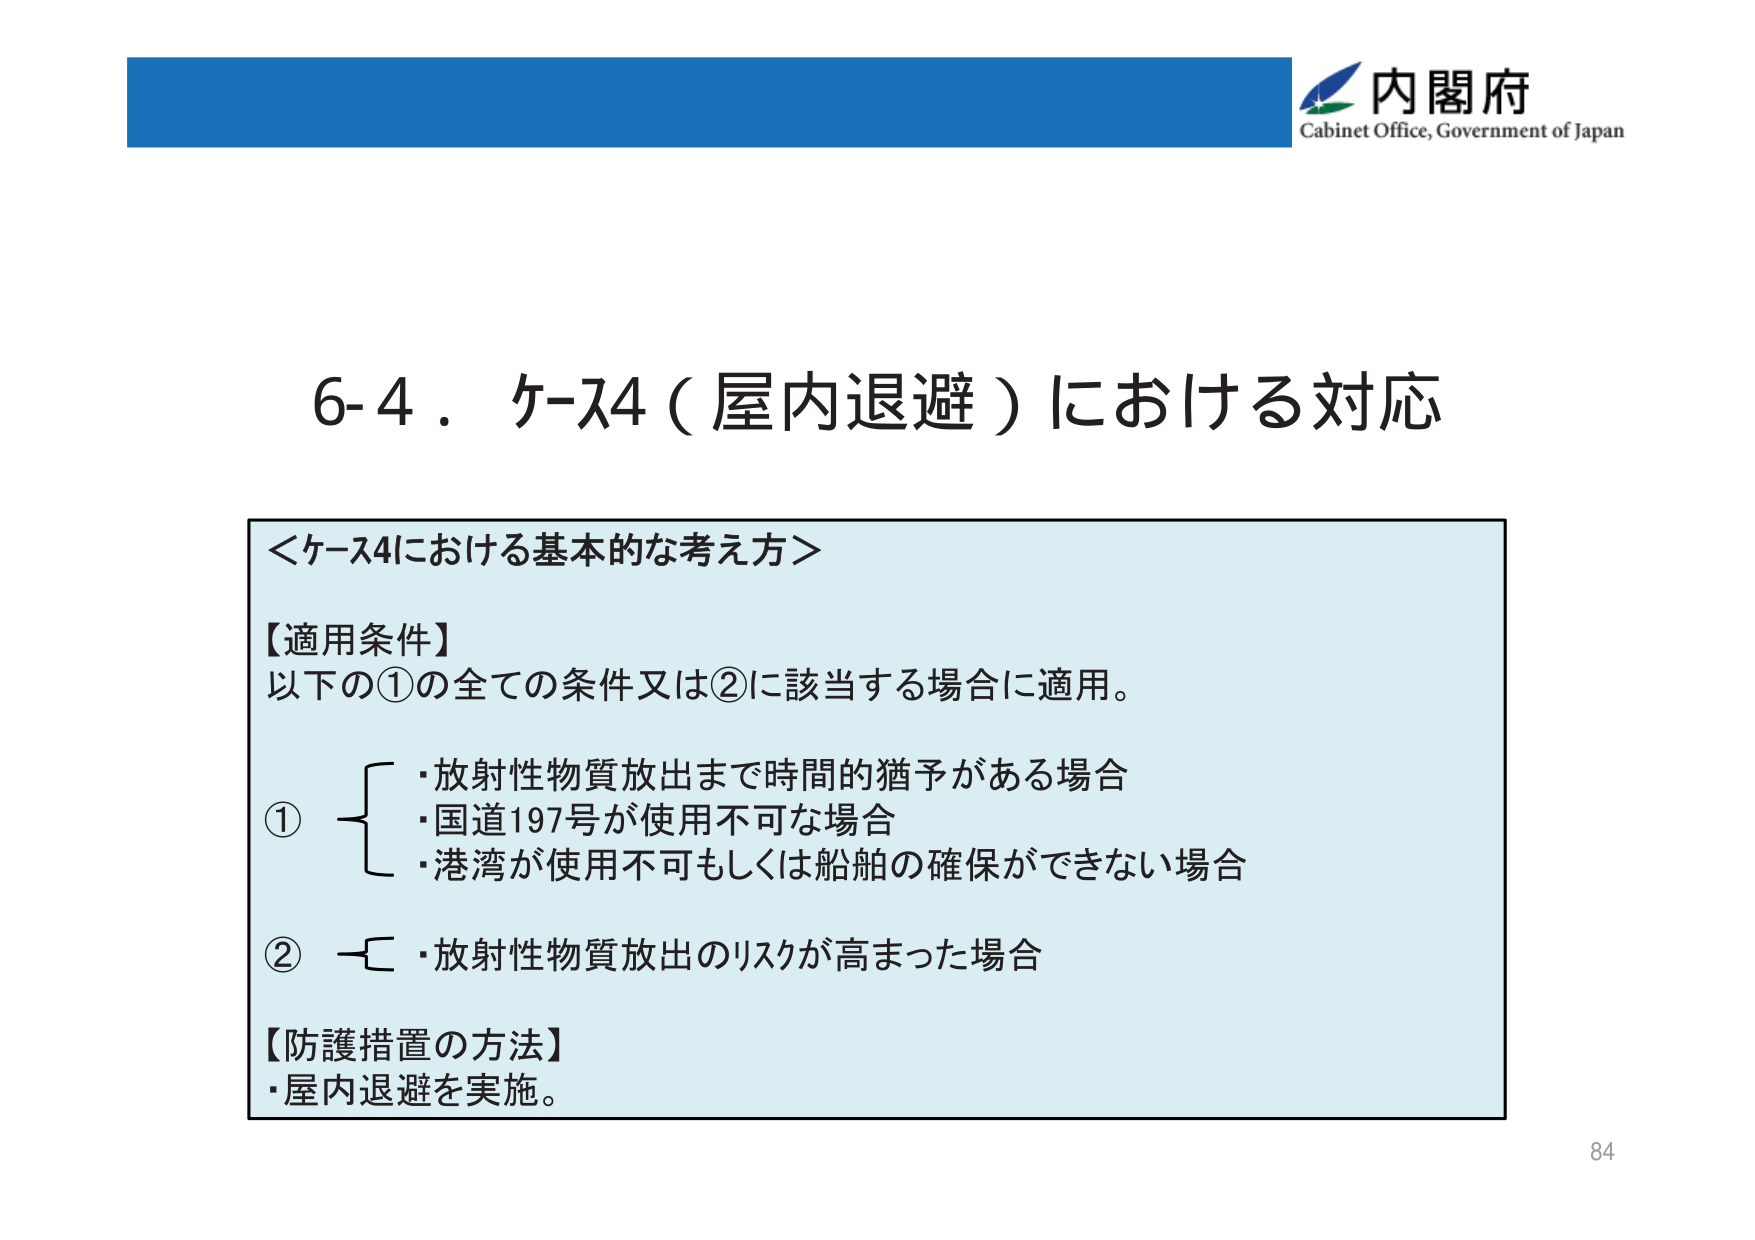
内閣府
Cabinet Office, Government of Japan

6-4．ケース4（屋内退避）における対応

＜ケース4における基本的な考え方＞

【適用条件】
以下の①の全ての条件又は②に該当する場合に適用。

①
・放射性物質放出まで時間的猶予がある場合
・国道197号が使用不可な場合
・港湾が使用不可もしくは船舶の確保ができない場合

②
・放射性物質放出のリスクが高まった場合

【防護措置の方法】
・屋内退避を実施。

84